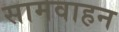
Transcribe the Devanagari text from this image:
सामवाहन